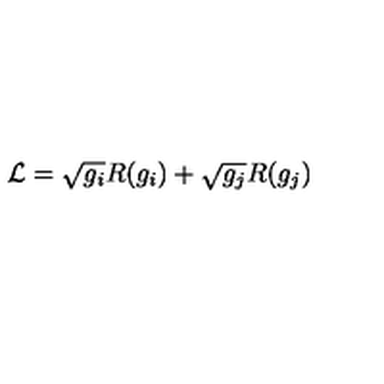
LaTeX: { \cal L } = \sqrt { g _ { i } } R ( g _ { i } ) + \sqrt { g _ { j } } R ( g _ { j } )